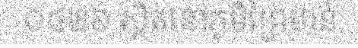
០៤២៦ ស្ថិតនៅភូមិព្រៃមាន់